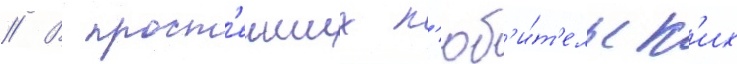
// В прост'еиших л'юб'и́т'ельск'их